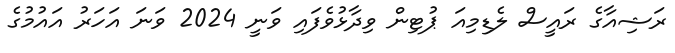
ރަޝިއާގެ ރައީސް ލެޑިމިއަ ޕުޓިން ވިދާޅުވެފައި ވަނީ 2024 ވަނަ އަހަރު އައުމުގެ